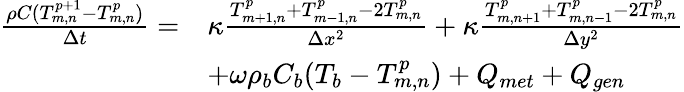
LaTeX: \begin{array}{rl}{\frac{\rho C(T_{m,n}^{p+1}-T_{m,n}^{p})}{\Delta t}=}&{\kappa\frac{T_{m+1,n}^{p}+T_{m-1,n}^{p}-2T_{m,n}^{p}}{\Delta x^{2}}+\kappa\frac{T_{m,n+1}^{p}+T_{m,n-1}^{p}-2T_{m,n}^{p}}{\Delta y^{2}}}\\ &{+\omega\rho_{b}C_{b}(T_{b}-T_{m,n}^{p})+Q_{met}+Q_{gen}}\end{array}